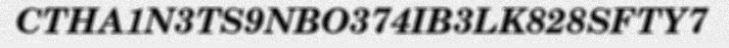
CTHA1N3TS9NBO374IB3LK828SFTY7